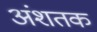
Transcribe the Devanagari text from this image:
अंशतक